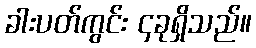
ခါးပတ်ကွင်း ၄ခုရှိသည်။